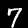
Digit: 7